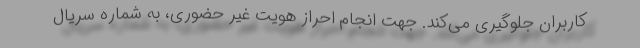
کاربران جلوگیری می‌کند. جهت انجام احراز هویت غیر حضوری، به شماره سریال